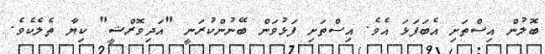
ބޮލުން އިސްތަށި އެބަފަޅަ އެވެ. އިސްތަށި ފަޅުވަން ބޭނުންކުރަނީ "އަދިވޮރްޝީ" ކިޔާ ތެލެކެވެ.